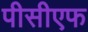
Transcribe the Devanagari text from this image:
पीसीएफ